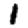
Digit: 1